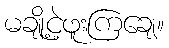
မချို့ငဲ့ဖူးကြချေ။